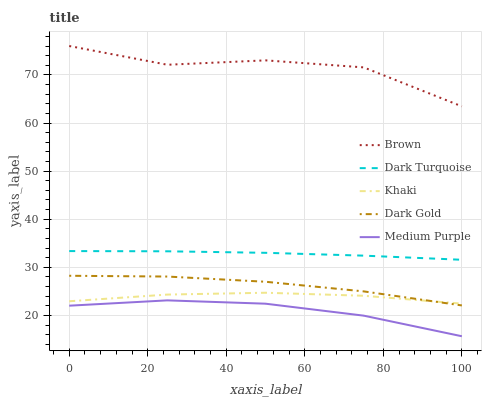
| xaxis_label | Brown | Dark Turquoise | Khaki | Dark Gold | Medium Purple |
 | --- | --- | --- | --- | --- | --- |
 | 0 | 76 | 33.4 | 23 | 28.3 | 22 |
 | 25 | 72.1 | 33.3 | 24.3 | 28.1 | 23.1 |
 | 50 | 73 | 33 | 24.7 | 27 | 22.4 |
 | 75 | 71.6 | 32.4 | 24.1 | 25 | 20 |
 | 100 | 63.5 | 31.6 | 22.5 | 22.1 | 15.7 |